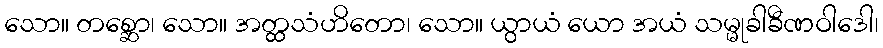
သော။ တစ္ဆော၊ သော။ အတ္ထသံဟိတော၊ သော။ ယွာယံ ယော အယံ သမ္မုခါခီဏဝါဒေါ၊